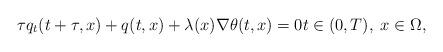
LaTeX: \begin{align*} \tau q_{t}(t + \tau, x) + q(t, x) + \lambda(x) \nabla \theta(t, x) = 0 t \in (0, T), \; x \in \Omega, \end{align*}